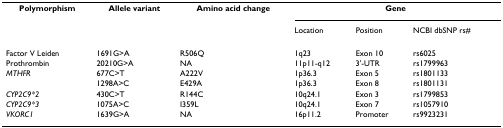
| Polymorphism | Allele variant | Amino acid change | <COLSPAN=3> Gene |
 |  |  |  | Location | Position | NCBI dbSNP rs# |
 | --- | --- | --- | --- | --- | --- |
 | Factor V Leiden | 1691G>A | R506Q | 1q23 | Exon 10 | rs6025 |
 | Prothrombin | 20210G>A | NA | 11p11-q12 | 3'-UTR | rs1799963 |
 | MTHFR | 677C>T | A222V | 1p36.3 | Exon 5 | rs1801133 |
 |  | 1298A>C | E429A | 1p36.3 | Exon 8 | rs1801131 |
 | CYP2C9*2 | 430C>T | R144C | 10q24.1 | Exon 3 | rs1799853 |
 | CYP2C9*3 | 1075A>C | I359L | 10q24.1 | Exon 7 | rs1057910 |
 | VKORC1 | 1639G>A | NA | 16p11.2 | Promoter | rs9923231 |